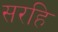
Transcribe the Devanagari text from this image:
सरहि